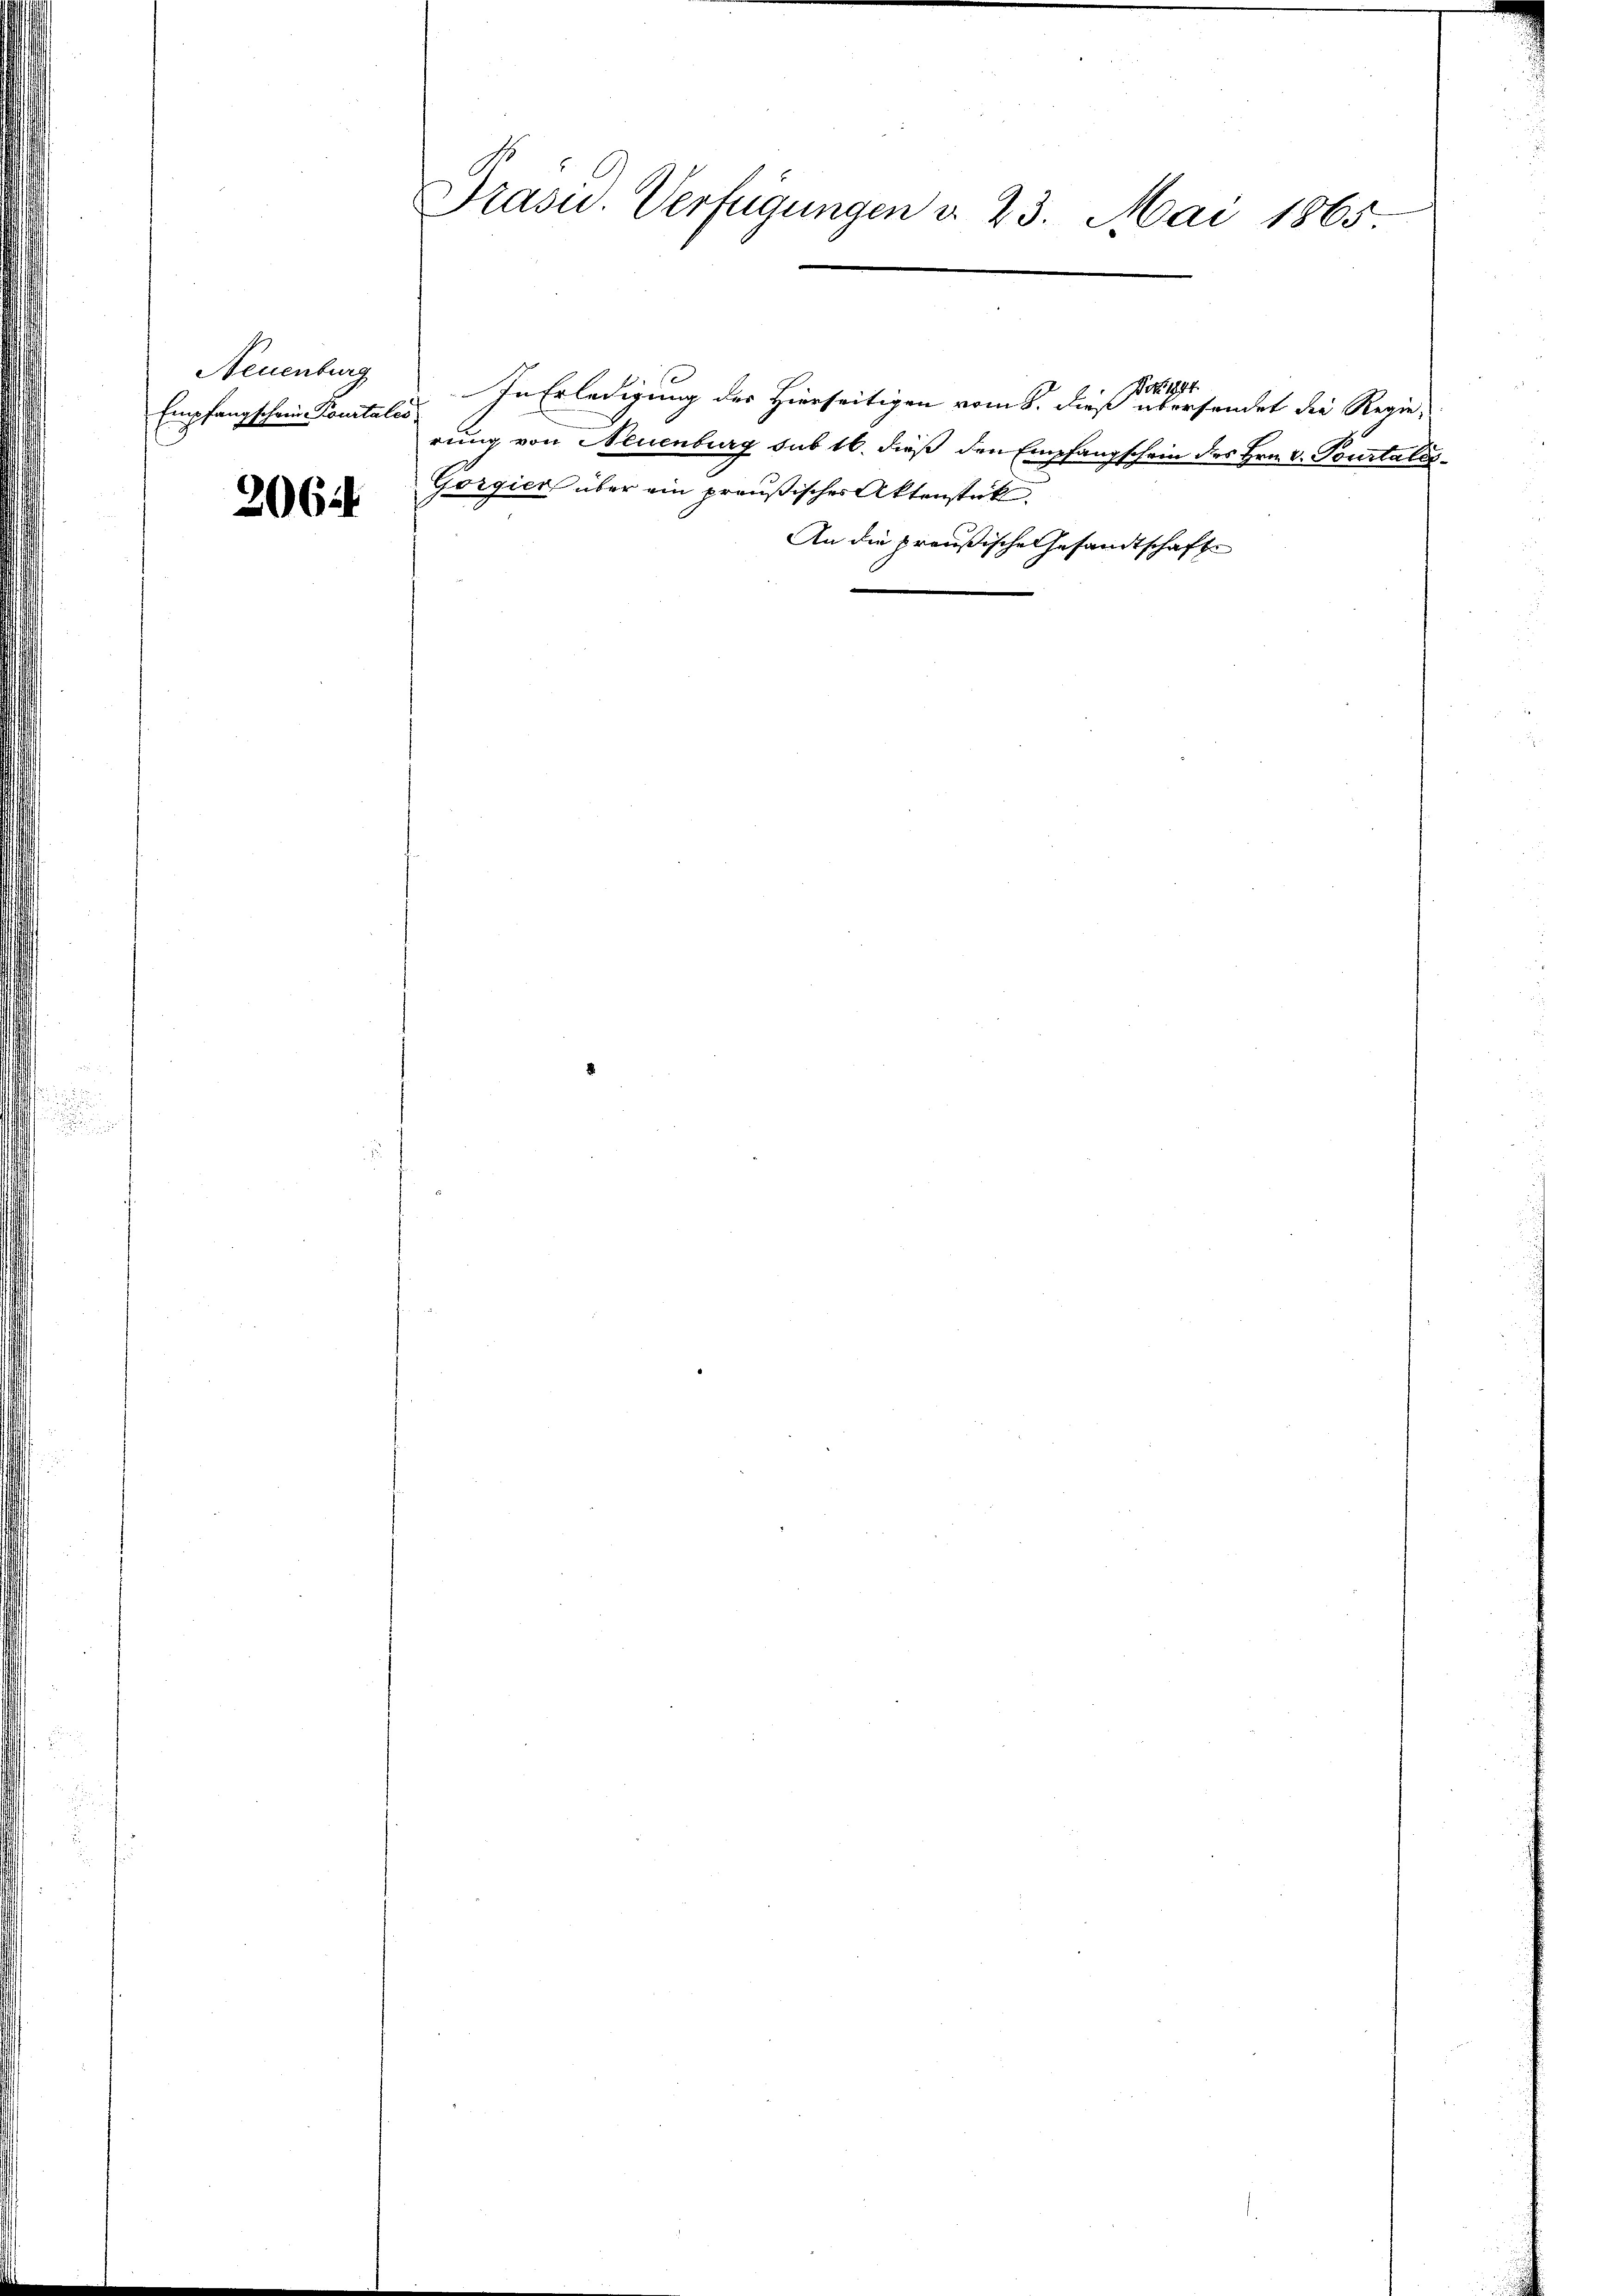
Neuenburg
Empfangschein-Courtaler

2064.

Präsid. Verfügungen v. 23. Mai 1865

In Erledigung des Hierseitigen vom 8. dieß übersendet die Regierung von Neuenburg sub 16. dieß den Empfangschein des Hrn. v. Pourtalis¬
Gorgier über ein preußischer Aktenstück.
An die preußische Gesandtschafte

Note 1844